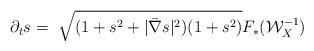
LaTeX: \begin{align*} \partial_ts=~\sqrt{(1+s^2+|\bar{\nabla}s|^2)(1+s^2)}F_{*}(\mathcal{W}_X^{-1})\end{align*}